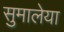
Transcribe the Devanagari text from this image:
सुमालेया